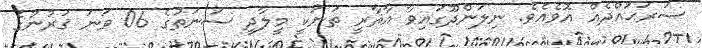
ސަރަޙައްދެއް އޮވެއެވެ. ނިލަންދޫގައިވާ އާޘާރީ ތަނަކީ މީލާދީ ސަނަތުގެ 06 ވަނަ ޤަރުނުގެ